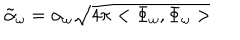
\tilde { \alpha } _ { \omega } = \alpha _ { \omega } \sqrt { 4 \pi < \Phi _ { \omega } , \Phi _ { \omega } > }